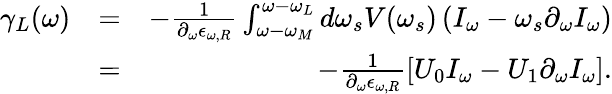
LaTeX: \begin{array}{rlr}{\gamma_{L}(\omega)}&{=}&{-\frac{1}{\partial_{\omega}\epsilon_{\omega,R}}\int_{\omega-\omega_{M}}^{\omega-\omega_{L}}d\omega_{s}V(\omega_{s})\left(I_{\omega}-\omega_{s}\partial_{\omega}I_{\omega}\right)}\\ &{=}&{-\frac{1}{\partial_{\omega}\epsilon_{\omega,R}}\left[U_{0}I_{\omega}-U_{1}\partial_{\omega}I_{\omega}\right].}\end{array}